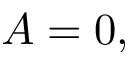
A = 0 ,